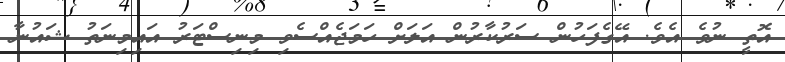
އޮތީ ނުވެ އެވެ. އޭގެފަހުން ސަރުކާރުން އަލަށް ހަމަޖެއްސެވި މިނިސްޓަރު އައިމިނަތު ޝައުނާ